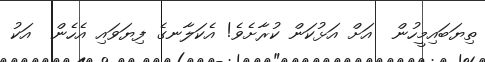
ތިޔަބައިމީހުން  އަށް އަޅުކަން ކުރާށެވެ! އެކަލާނގެ ފިޔަވައި އެހެން  އަކު